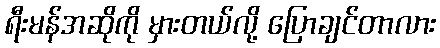
ရီးမန်အဆိုကို မှားတယ်လို့ ပြောချင်တာလား